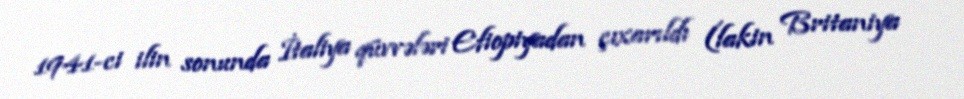
1941-ci ilin sonunda İtaliya qüvvələri Efiopiyadan çıxarıldı (lakin Britaniya